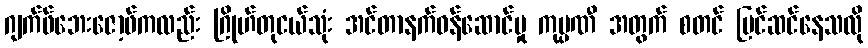
ဂျက်ဖ်ဘေးဇော့ဖ်ကလည်း ဂြိုဟ်တုငယ်သုံး အင်တာနက်ဝန်ဆောင်မှု ကုမ္ပဏီ အတွက် စတင် ပြင်ဆင်နေသလို